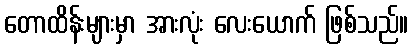
တောထိန်းများမှာ အားလုံး လေးယောက် ဖြစ်သည်။